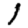
Digit: 1